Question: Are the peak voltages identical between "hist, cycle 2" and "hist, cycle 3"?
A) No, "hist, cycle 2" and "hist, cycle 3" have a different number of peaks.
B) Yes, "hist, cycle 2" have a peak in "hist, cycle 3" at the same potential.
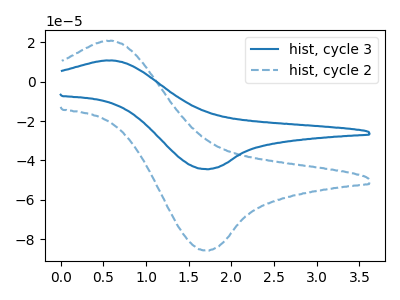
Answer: <think>The blue curve "hist, cycle 3" has an anodic peak at (0.55V, 10.65uA) and a cathodic peak at (1.70V, -44.45uA). The blue dashed curve "hist, cycle 2" has an anodic peak at (0.55V, 20.55uA) and a cathodic peak at (1.70V, -85.75uA).</think>
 <answer>B) Yes, "hist, cycle 2" have a peak in "hist, cycle 3" at the same potential.</answer>
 <eval>B</eval>